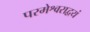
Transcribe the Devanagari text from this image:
परमेश्वराद्वयं